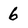
Character: 6